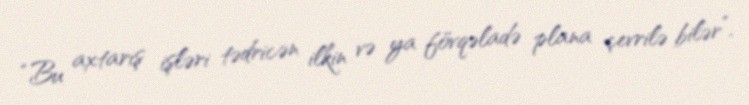
“Bu axtarış işləri tədricən ilkin və ya fövqəladə plana çevrilə bilər”.